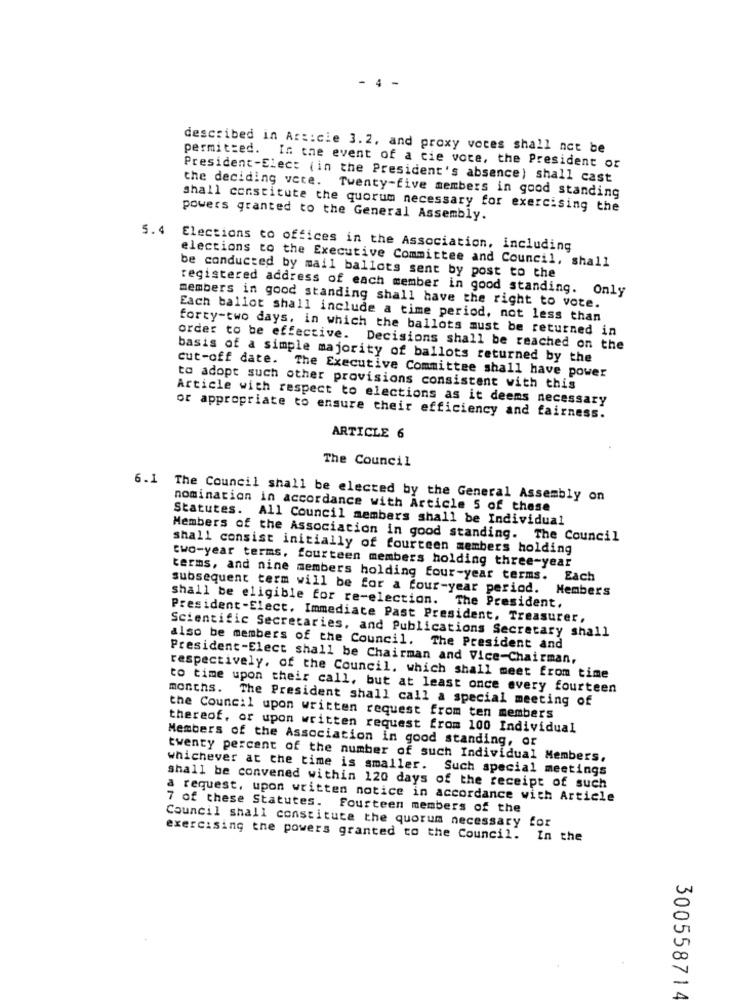
- 4 -
described in Article 3.2, and proxy vores shall not be
permitted. In the event of a cie vote, the President or
President-Elect (in the President's absence) shall cast
the deciding vete. Twenty-five members in good standing
shall constitute the quorum necessary for exercising the
powers granted to the General Assembly.
5.4 Elections to offices in the Association, including
elections to the Executive Committee and Council, shall
be conducted by mail ballots sent by post to the
registered address of each member in good standing. Only
members in good standing shall have the right to vote.
Each ballot shall include a time period, not less than
forty-two days, in which the ballots must be returned in
order to be effective. Decisions shall be reached on the
basis of a simple majority of ballots returned by the
cut-off date. The Executive Committee shall have power
to adopt such other provisions consistent with this
Article with respect to elections as it deems necessary
or appropriate to ensure their efficiency and fairness.
ARTICLE 6
The Council
6.1 The Council shall be elected by the General Assembly on
nomination in accordance with Article 5 of these
Statutes. All Council members shall be Individual
Members of the Association in good standing. The Council
shall consist initially of fourteen members holding
two-year terms, fourteen members holding three-year
terms, and nine members holding four-year terms. Each
subsequent term will be for a four-year period. Members
shall be eligible for re-election. The President.
President-Elect. Immediate Past President, Treasurer,
Scientific Secretaries, and Publications Secretary shall
also be members of the Council. The President and
President-Elect shall be Chairman and Vice-Chairman,
respectively, of the Council, which shall meet from time
months.
to time upon their call, but at least once every fourteen
The President shall call a special meeting of
the Council upon written request from ten members
thereof, or upon written request from 100 Individual
Members of the Association in good standing, or
twenty percent of the number of such Individual Members,
whichever at the time is smaller. Such special meetings
shall be convened within 120 days of the receipt of such
a request, upon written notice in accordance with Article
7 of these Statutes. Fourteen members of the
Council shall constitute the quorum necessary for
exercising the powers granted to the Council. In the
300558714